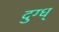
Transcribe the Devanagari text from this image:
दुग्ध्